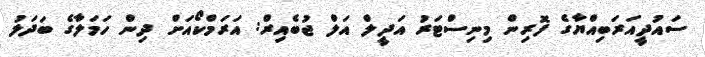
ސައުދީއަރަބިއްޔާގެ ފޮރިން މިނިސްޓަރު އަދީލް އަލް ޖުބެއިރް: އަރަމްކޯއަށް ދިން ހަމަލާގެ ބަދަލު